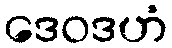
ဒေဝဒဟံ